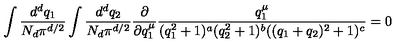
\int \frac { d ^ { d } q _ { 1 } } { N _ { d } \pi ^ { d / 2 } } \int \frac { d ^ { d } q _ { 2 } } { N _ { d } \pi ^ { d / 2 } } \frac { \partial } { \partial q _ { 1 } ^ { \mu } } \frac { q _ { 1 } ^ { \mu } } { ( q _ { 1 } ^ { 2 } + 1 ) ^ { a } ( q _ { 2 } ^ { 2 } + 1 ) ^ { b } ( ( q _ { 1 } + q _ { 2 } ) ^ { 2 } + 1 ) ^ { c } } = 0